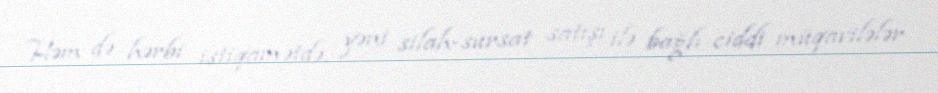
Həm də hərbi istiqamətdə, yəni silah-sursat satışı ilə bağlı ciddi müqavilələr